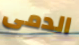
الدمى